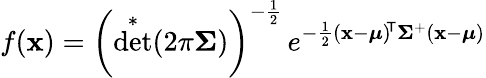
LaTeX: f(\mathbf{x})=\left(\det^{*}(2\pi{\boldsymbol{\Sigma}})\right)^{-{\frac{1}{2}}}\, e^{-{\frac{1}{2}}(\mathbf{x}-{\boldsymbol{\mu}})^{\! {\mathsf{T}}}{\boldsymbol{\Sigma}}^{+}(\mathbf{x}-{\boldsymbol{\mu}})}